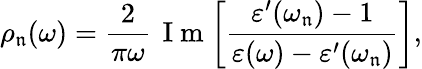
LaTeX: \rho_{\mathfrak{n}}(\omega)=\frac{{2}}{{\pi\omega}}\, \mathrm{{~I~m~}}\! \left[\frac{{\varepsilon^{\prime}(\omega_{\mathfrak{n}})-1}}{{\varepsilon(\omega)-\varepsilon^{\prime}(\omega_{\mathfrak{n}})}}\right],